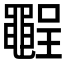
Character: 𪓪